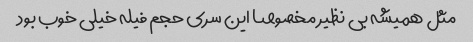
مثل همیشه بی نظیر مخصوصا این سری حجم فیله خیلی خوب بود